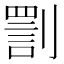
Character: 𠟟